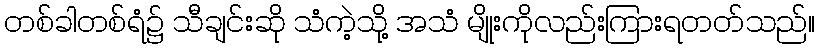
တစ်ခါတစ်ရံ၌ သီချင်းဆို သံကဲ့သို့ အသံ မျိုးကိုလည်းကြားရတတ်သည်။